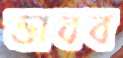
ভাবব